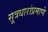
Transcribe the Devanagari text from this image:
सूत्रधारांप्रमाणे